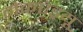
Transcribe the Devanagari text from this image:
मेकएंड्रयू